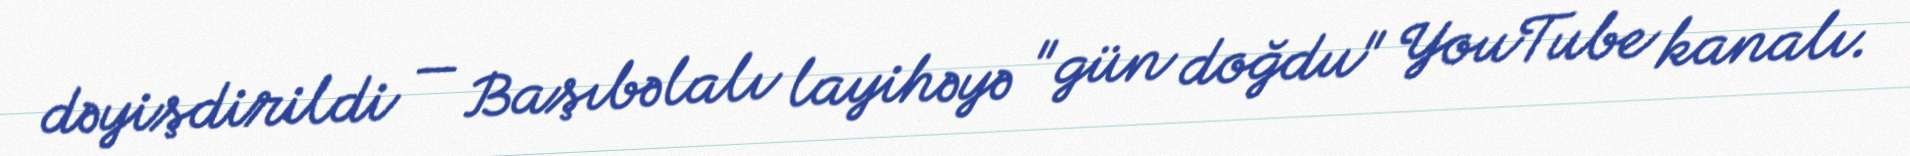
dəyişdirildi — Başıbəlalı layihəyə "gün doğdu" YouTube kanalı.